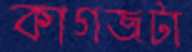
কাগজটা